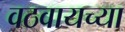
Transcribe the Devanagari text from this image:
वठवायच्या